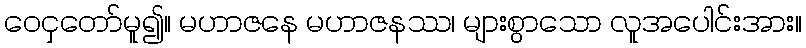
ဝေငှတော်မူ၍။ မဟာဇနေ မဟာဇနဿ၊ များစွာသော လူအပေါင်းအား။